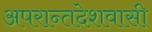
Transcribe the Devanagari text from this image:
अपरान्तदेशवासी